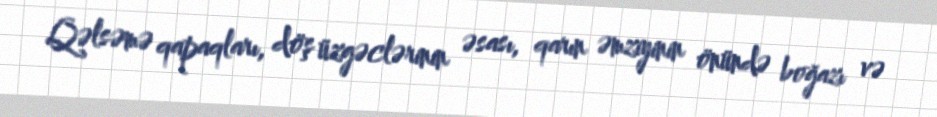
Qəlsəmə qapaqları, döş üzgəclərinin əsası, qarın əmziyinin önündə boğazı və